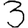
Digit: 3